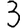
Digit: 3